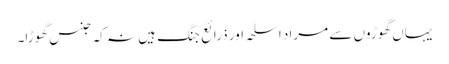
یہاں گھوڑوں سے مراد اسلحہ اور ذرائع جنگ ہیں نہ کہ جنس گھوڑا۔